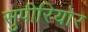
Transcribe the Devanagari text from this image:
सुपीरियोर